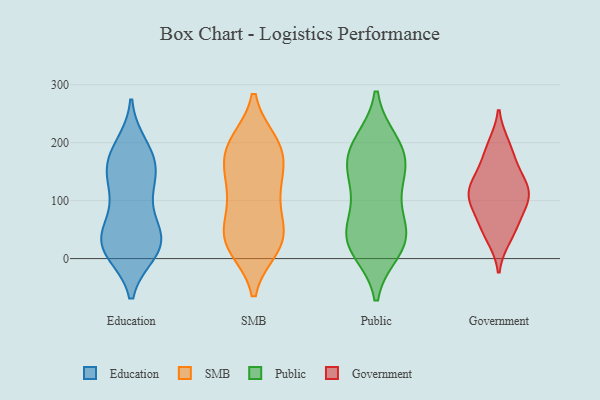
{"axis": {"x": "Backlog", "y": "Value"}, "legend": ["Education", "Government", "Public", "SMB"], "data": [{"x": "", "y": 38, "type": "Education"}, {"x": "", "y": 122, "type": "Education"}, {"x": "", "y": 149, "type": "Education"}, {"x": "", "y": 30, "type": "Education"}, {"x": "", "y": 157, "type": "Education"}, {"x": "", "y": 63, "type": "Education"}, {"x": "", "y": 43, "type": "Education"}, {"x": "", "y": 11, "type": "Education"}, {"x": "", "y": 163, "type": "Education"}, {"x": "", "y": 14, "type": "Education"}, {"x": "", "y": 112, "type": "Education"}, {"x": "", "y": 18, "type": "Education"}, {"x": "", "y": 187, "type": "Education"}, {"x": "", "y": 178, "type": "Education"}, {"x": "", "y": 12, "type": "Education"}, {"x": "", "y": 136, "type": "Education"}, {"x": "", "y": 195, "type": "Education"}, {"x": "", "y": 66, "type": "Education"}, {"x": "", "y": 23, "type": "Education"}, {"x": "", "y": 20, "type": "SMB"}, {"x": "", "y": 187, "type": "SMB"}, {"x": "", "y": 136, "type": "SMB"}, {"x": "", "y": 23, "type": "SMB"}, {"x": "", "y": 41, "type": "SMB"}, {"x": "", "y": 28, "type": "SMB"}, {"x": "", "y": 49, "type": "SMB"}, {"x": "", "y": 81, "type": "SMB"}, {"x": "", "y": 179, "type": "SMB"}, {"x": "", "y": 140, "type": "SMB"}, {"x": "", "y": 198, "type": "SMB"}, {"x": "", "y": 100, "type": "SMB"}, {"x": "", "y": 132, "type": "SMB"}, {"x": "", "y": 192, "type": "SMB"}, {"x": "", "y": 199, "type": "SMB"}, {"x": "", "y": 32, "type": "SMB"}, {"x": "", "y": 177, "type": "Public"}, {"x": "", "y": 53, "type": "Public"}, {"x": "", "y": 37, "type": "Public"}, {"x": "", "y": 121, "type": "Public"}, {"x": "", "y": 151, "type": "Public"}, {"x": "", "y": 200, "type": "Public"}, {"x": "", "y": 23, "type": "Public"}, {"x": "", "y": 30, "type": "Public"}, {"x": "", "y": 16, "type": "Public"}, {"x": "", "y": 200, "type": "Public"}, {"x": "", "y": 95, "type": "Public"}, {"x": "", "y": 154, "type": "Public"}, {"x": "", "y": 175, "type": "Public"}, {"x": "", "y": 41, "type": "Public"}, {"x": "", "y": 107, "type": "Government"}, {"x": "", "y": 101, "type": "Government"}, {"x": "", "y": 114, "type": "Government"}, {"x": "", "y": 113, "type": "Government"}, {"x": "", "y": 45, "type": "Government"}, {"x": "", "y": 61, "type": "Government"}, {"x": "", "y": 147, "type": "Government"}, {"x": "", "y": 195, "type": "Government"}, {"x": "", "y": 160, "type": "Government"}, {"x": "", "y": 37, "type": "Government"}, {"x": "", "y": 128, "type": "Government"}, {"x": "", "y": 110, "type": "Government"}, {"x": "", "y": 76, "type": "Government"}, {"x": "", "y": 190, "type": "Government"}]}